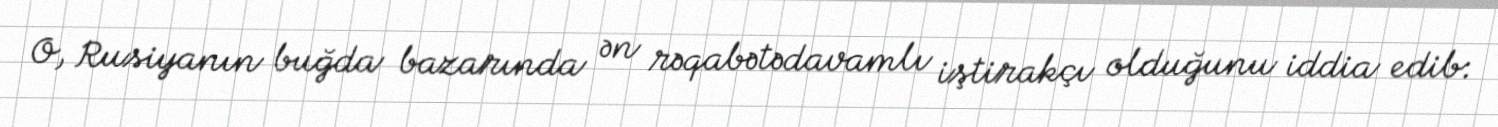
O, Rusiyanın buğda bazarında ən rəqabətədavamlı iştirakçı olduğunu iddia edib: